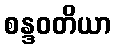
စန္ဒဝတိယာ